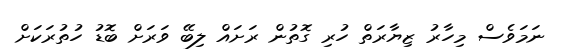
ނަމަވެސް މިހާރު ޒިޔާރަތް ހުރި ގޮތުން ރަށައް ލިބޭ ވަރަށް ބޮޑު ހުތުރަކަށް